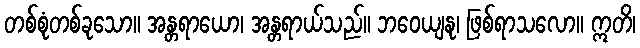
တစ်စုံတစ်ခုသော။ အန္တရာယော၊ အန္တရာယ်သည်။ ဘဝေယျနု၊ ဖြစ်ရာသလော။ ဣတိ၊